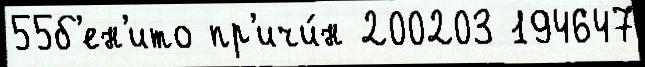
55б'ен'ито пр'ичи́н 200203 194647